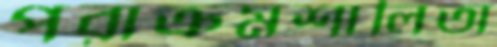
পরাক্রমশালিতা